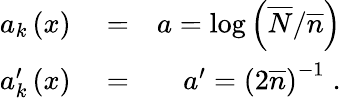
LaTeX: \begin{array}{rlr}{a_{k}\left(x\right)}&{{}=}&{a=\log\left(\overline{{N}}/\overline{{n}}\right)}\\ {a_{k}^{\prime}\left(x\right)}&{{}=}&{a^{\prime}=\left(2\overline{{n}}\right)^{-1}\; .}\end{array}